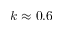
k \approx 0 . 6